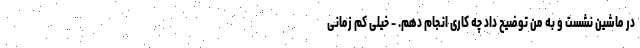
در ماشین نشست و به من توضیح داد چه کاری انجام دهم. - خیلی کم زمانی